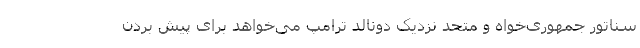
سناتور جمهوری‌خواه و متحد نزدیک دونالد ترامپ می‌خواهد برای پیش بردن